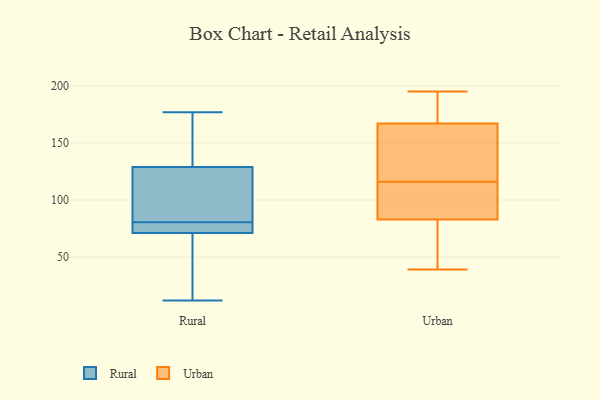
{"axis": {"x": "Waste Production (Tons)", "y": "Value"}, "legend": ["Rural", "Urban"], "data": [{"x": "", "y": 81, "type": "Rural"}, {"x": "", "y": 80, "type": "Rural"}, {"x": "", "y": 67, "type": "Rural"}, {"x": "", "y": 45, "type": "Rural"}, {"x": "", "y": 71, "type": "Rural"}, {"x": "", "y": 12, "type": "Rural"}, {"x": "", "y": 75, "type": "Rural"}, {"x": "", "y": 81, "type": "Rural"}, {"x": "", "y": 160, "type": "Rural"}, {"x": "", "y": 77, "type": "Rural"}, {"x": "", "y": 129, "type": "Rural"}, {"x": "", "y": 177, "type": "Rural"}, {"x": "", "y": 173, "type": "Rural"}, {"x": "", "y": 126, "type": "Rural"}, {"x": "", "y": 171, "type": "Urban"}, {"x": "", "y": 39, "type": "Urban"}, {"x": "", "y": 98, "type": "Urban"}, {"x": "", "y": 49, "type": "Urban"}, {"x": "", "y": 44, "type": "Urban"}, {"x": "", "y": 159, "type": "Urban"}, {"x": "", "y": 120, "type": "Urban"}, {"x": "", "y": 195, "type": "Urban"}, {"x": "", "y": 83, "type": "Urban"}, {"x": "", "y": 105, "type": "Urban"}, {"x": "", "y": 75, "type": "Urban"}, {"x": "", "y": 139, "type": "Urban"}, {"x": "", "y": 110, "type": "Urban"}, {"x": "", "y": 180, "type": "Urban"}, {"x": "", "y": 112, "type": "Urban"}, {"x": "", "y": 128, "type": "Urban"}, {"x": "", "y": 167, "type": "Urban"}, {"x": "", "y": 173, "type": "Urban"}]}